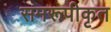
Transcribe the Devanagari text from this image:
समरूपीकृत